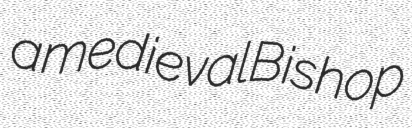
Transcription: a medieval Bishop